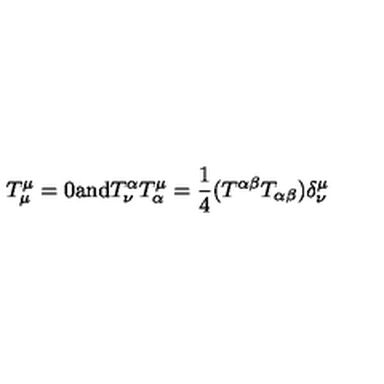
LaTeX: T _ { \mu } ^ { \mu } = 0 \mathrm { a n d } T _ { \nu } ^ { \alpha } T _ { \alpha } ^ { \mu } = \frac { 1 } { 4 } ( T ^ { \alpha \beta } T _ { \alpha \beta } ) \delta _ { \nu } ^ { \mu }